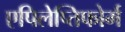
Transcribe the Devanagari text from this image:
एपिलेप्तिफोर्म